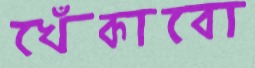
খেঁকাবো